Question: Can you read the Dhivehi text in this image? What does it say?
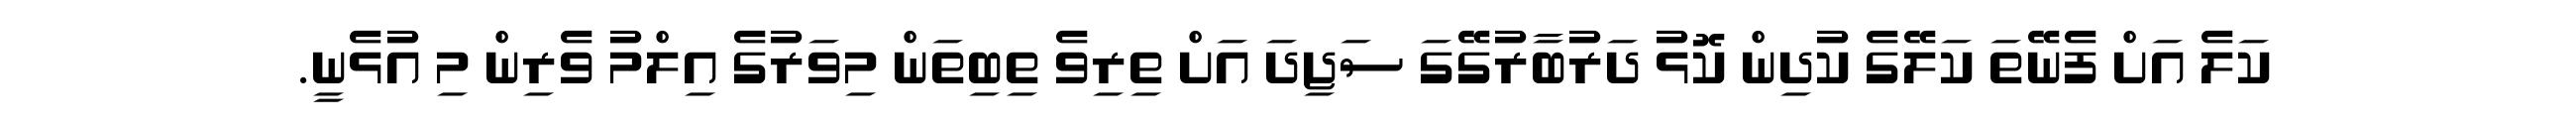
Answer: ކަލެ އަށް ފެނޭތަ ކަލޭގެ ކުދިން ކޮޅު ދަރުބާރުގޭގަ ސަޖިދަ އަށް ތިރިވެ ތިބިތަން މިވަރުގެ އިލްމު ވެރިން މި އުޅެނީ.